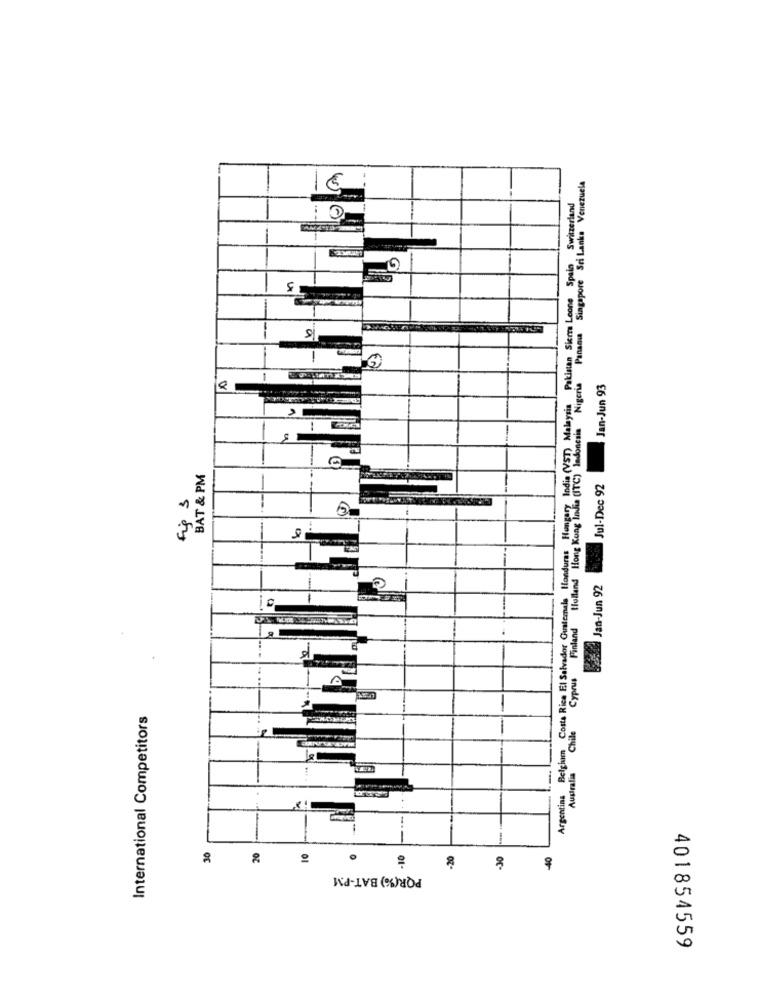
Panania Singapore Sri Lanka Venezuela
Argentina Belgium Costa Rica El Salvador Guatemala Honduras Hungary India (VST) Malaysia Pakistan Sierra Leone Spain Switzerland
--
5
G
Nigeria
Jan-Jun 93
Holland Hong Kong India (ITC) Indonesia
BAT & PM
Jul-Dec 92
Fig 3
-.
Website Jan-Jun 92
Finland
International Competitors
Chile
Australia
1
30
20
.10
-20
-30
-40
PQR(%) BAT-PM
401854559